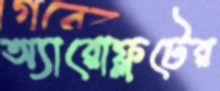
অ্যারোফ্লটের